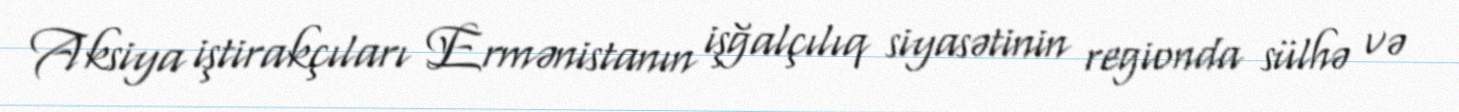
Aksiya iştirakçıları Ermənistanın işğalçılıq siyasətinin regionda sülhə və